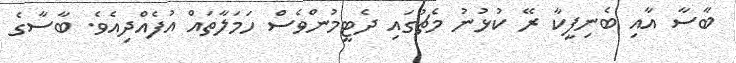
ބާސާ އާއި ބެނިފީކާ ރޭ ކުޅުނު މެޗުގައި ދެޓީމުންވެސް ހަމަލާތައް އުފެއްދިއެވެ. ބާސާގެ